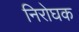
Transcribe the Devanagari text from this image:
निरोघक